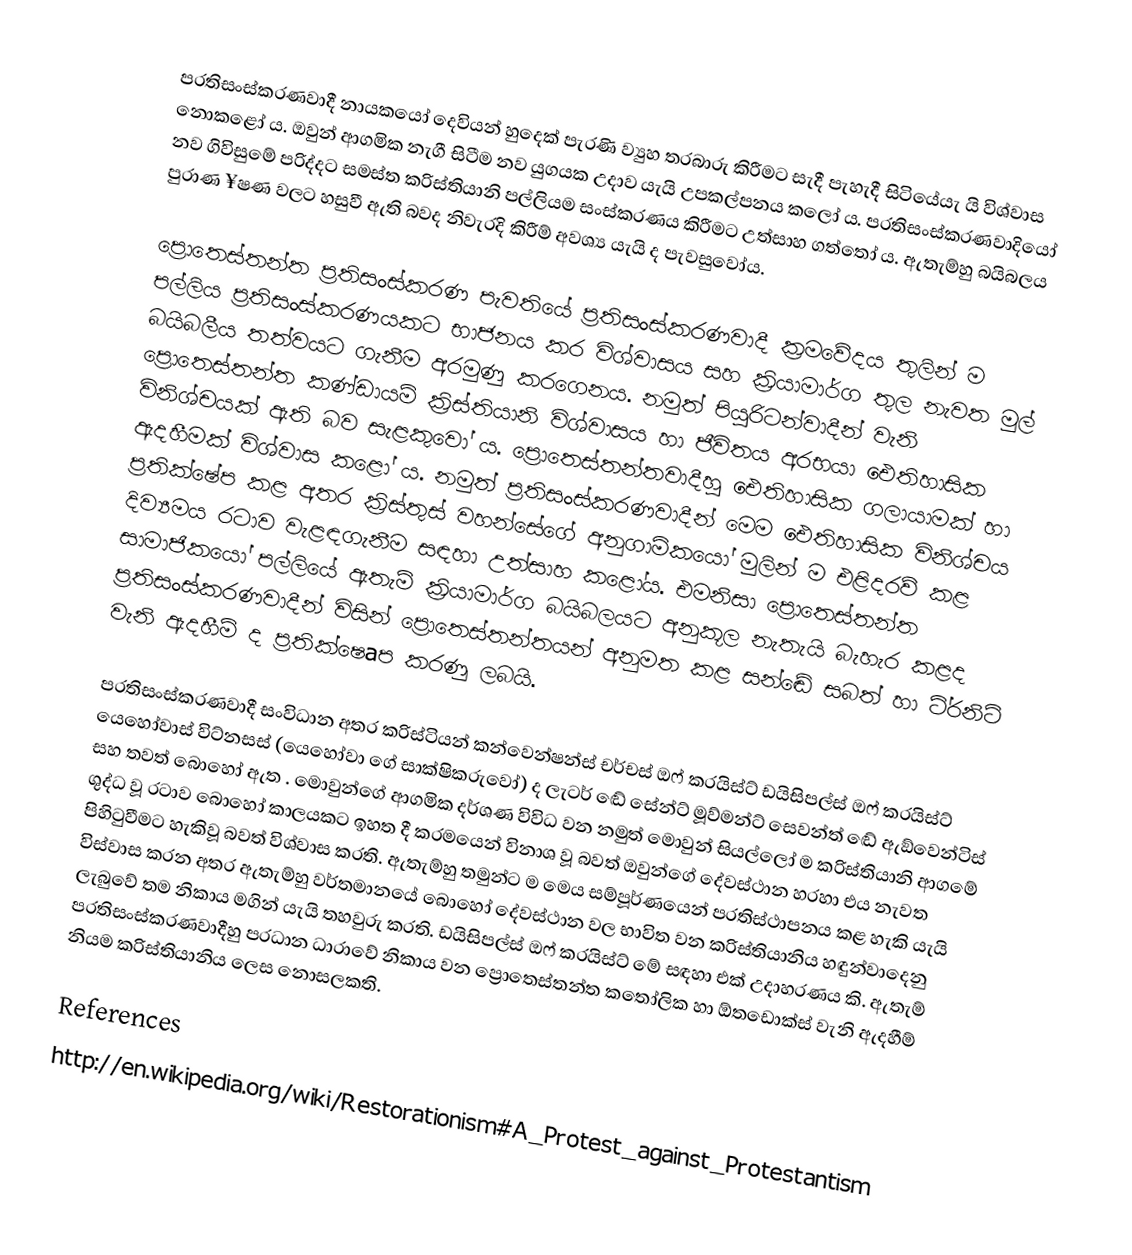
ප‍්‍රතිසංස්කරණවාදී නායකයෝ දෙවියන් හුදෙක් පැරණි ව්‍යුහ තරබාරු කිරීමට සැදී පැහැදී සිටියේයැ යි  විශ්වාස නොකළෝ ය. ඔවුන් ආගමික නැගී සිටීම නව යුගයක උදාව යැයි උපකල්පනය කලෝ ය. ප‍්‍රතිසංස්කරණවාදියෝ නව ගිවිසුමේ පරිද්දට සමස්ත ක‍්‍රිස්තියානි පල්ලියම සංස්කරණය කිරීමට උත්සාහ ගත්තෝ ය. ඇතැම්හු බයිබලය පුරාණ ¥ෂණ වලට හසුවී ඇති බවද නිවැරදි කිරීම් අවශ්‍ය යැයි ද පැවසුවෝය.

ප්‍රොතෙස්තන්ත ප‍්‍රතිසංස්කරණ පැවතියේ ප‍්‍රතිසංස්කරණවාදී ක‍්‍රමවේදය තුලින් ම පල්ලිය ප‍්‍රතිසංස්කරණයකට භාජනය කර විශ්වාසය සහ ක‍්‍රියාමාර්ග තුල නැවත මුල් බයිබලීය තත්වයට ගැනීම අරමුණු කරගෙනය. නමුත් පියුරිටන්වාදීන් වැනි ප්‍රොතෙස්තන්ත කණ්ඩායම් ක‍්‍රිස්තියානි විශ්වාසය හා ජීවිතය අරභයා ඓතිහාසික විනිශ්චයක් ඇති බව සැළකුවෝ ය. ප්‍රොතෙස්තන්තවාදීහු ඓතිහාසික ගලායාමක් හා ඇදහීමක් විශ්වාස කළෝ ය. නමුත් ප‍්‍රතිසංස්කරණවාදීන් මෙම ඓතිහාසික විනිශ්චය ප‍්‍රතික්ෂේප කළ අතර ක‍්‍රිස්තුස් වහන්සේගේ අනුගාමිකයෝ මුලින් ම එළිදරව් කළ දිව්‍යමය රටාව වැළඳගැනීම සඳහා උත්සාහ කළෝය. එමනිසා ප්‍රොතෙස්තන්ත සාමාජිකයෝ පල්ලියේ ඇතැම් ක‍්‍රියාමාර්ග බයිබලයට අනුකූල නැතැයි බැහැර කළද ප‍්‍රතිසංස්කරණවාදීන් විසින් ප්‍රොතෙස්තන්තයන් අනුමත කළ සන්ඬේ සබත් හා ටි‍්‍රනිටි වැනි ඇදහීම් ද ප‍්‍රතික්ෂෙaප කරණු ලබයි.

ප‍්‍රතිසංස්කරණවාදී සංවිධාන අතර ක‍්‍රිස්ටියන් කන්වෙන්ෂන්ස් චර්චස් ඔෆ් ක‍්‍රයිස්ට් ඩයිසිපල්ස් ඔෆ් ක‍්‍රයිස්ට් යෙහෝවාස් විට්නසස් (යෙහෝවා ගේ සාක්ෂිකරුවෝ) ද ලැටර් ඬේ සේන්ට් මූව්මන්ට් සෙවන්ත් ඬේ ඇඞ්වෙන්ටිස් සහ තවත් බොහෝ ඇත . මොවුන්ගේ ආගමික දර්ශණ විවිධ වන නමුත් මොවුන් සියල්ලෝ ම ක‍්‍රිස්තියානි ආගමේ ශුද්ධ වූ රටාව බොහෝ කාලයකට ඉහත දී ක‍්‍රමයෙන් විනාශ වූ බවත් ඔවුන්ගේ දේවස්ථාන හරහා එය නැවත පිහිටුවීමට හැකිවූ බවත් විශ්වාස කරති. ඇතැම්හු තමුන්ට ම මෙය සම්පූර්ණයෙන් ප‍්‍රතිස්ථාපනය කළ හැකි යැයි විස්වාස කරන අතර ඇතැම්හු වර්තමානයේ බොහෝ දේවස්ථාන වල භාවිත වන ක‍්‍රිස්තියානිය හඳුන්වාදෙනු ලැබුවේ තම නිකාය මගින් යැයි තහවුරු කරති. ඩයිසිපල්ස් ඔෆ් ක‍්‍රයිස්ට් මේ සඳහා එක් උදාහරණය කි. ඇතැම් ප‍්‍රතිසංස්කරණවාදීහු ප‍්‍රධාන ධාරාවේ නිකාය වන ප්‍රොතෙස්තන්ත කතෝලික හා  ඕතඩොක්ස් වැනි ඇදහීම් නියම ක‍්‍රිස්තියානිය ලෙස නොසලකති.

References
http://en.wikipedia.org/wiki/Restorationism#A_Protest_against_Protestantism